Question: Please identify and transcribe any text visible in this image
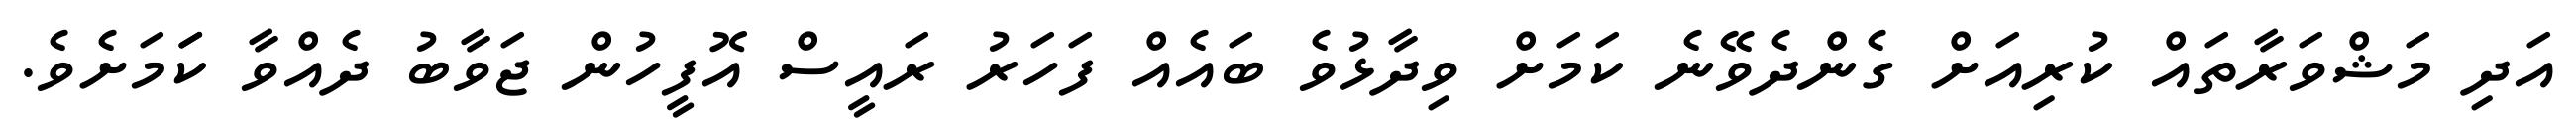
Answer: އަދި މަޝްވަރާތައް ކުރިއަށް ގެންދެވޭނެ ކަމަށް ވިދާޅުވެ ބައެއް ފަހަރު ރައީސް އޮފީހުން ޖަވާބު ދެއްވާ ކަަމަށެވެ.